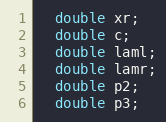
Language: C
  double xr;
  double c;
  double laml;
  double lamr;
  double p2;
  double p3;